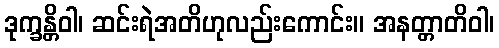
ဒုက္ခန္တိဝါ၊ ဆင်းရဲအတိဟုလည်းကောင်း။ အနတ္တာတိဝါ၊